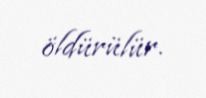
öldürülür.